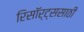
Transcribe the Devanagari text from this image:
रिसॉर्ट्ससाठी